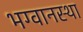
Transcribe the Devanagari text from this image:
भग्वानस्था